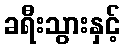
ခရီးသွားနှင့်